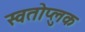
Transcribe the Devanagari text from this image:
स्वतोप्लुक